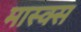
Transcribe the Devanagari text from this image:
मास्क्स